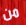
من